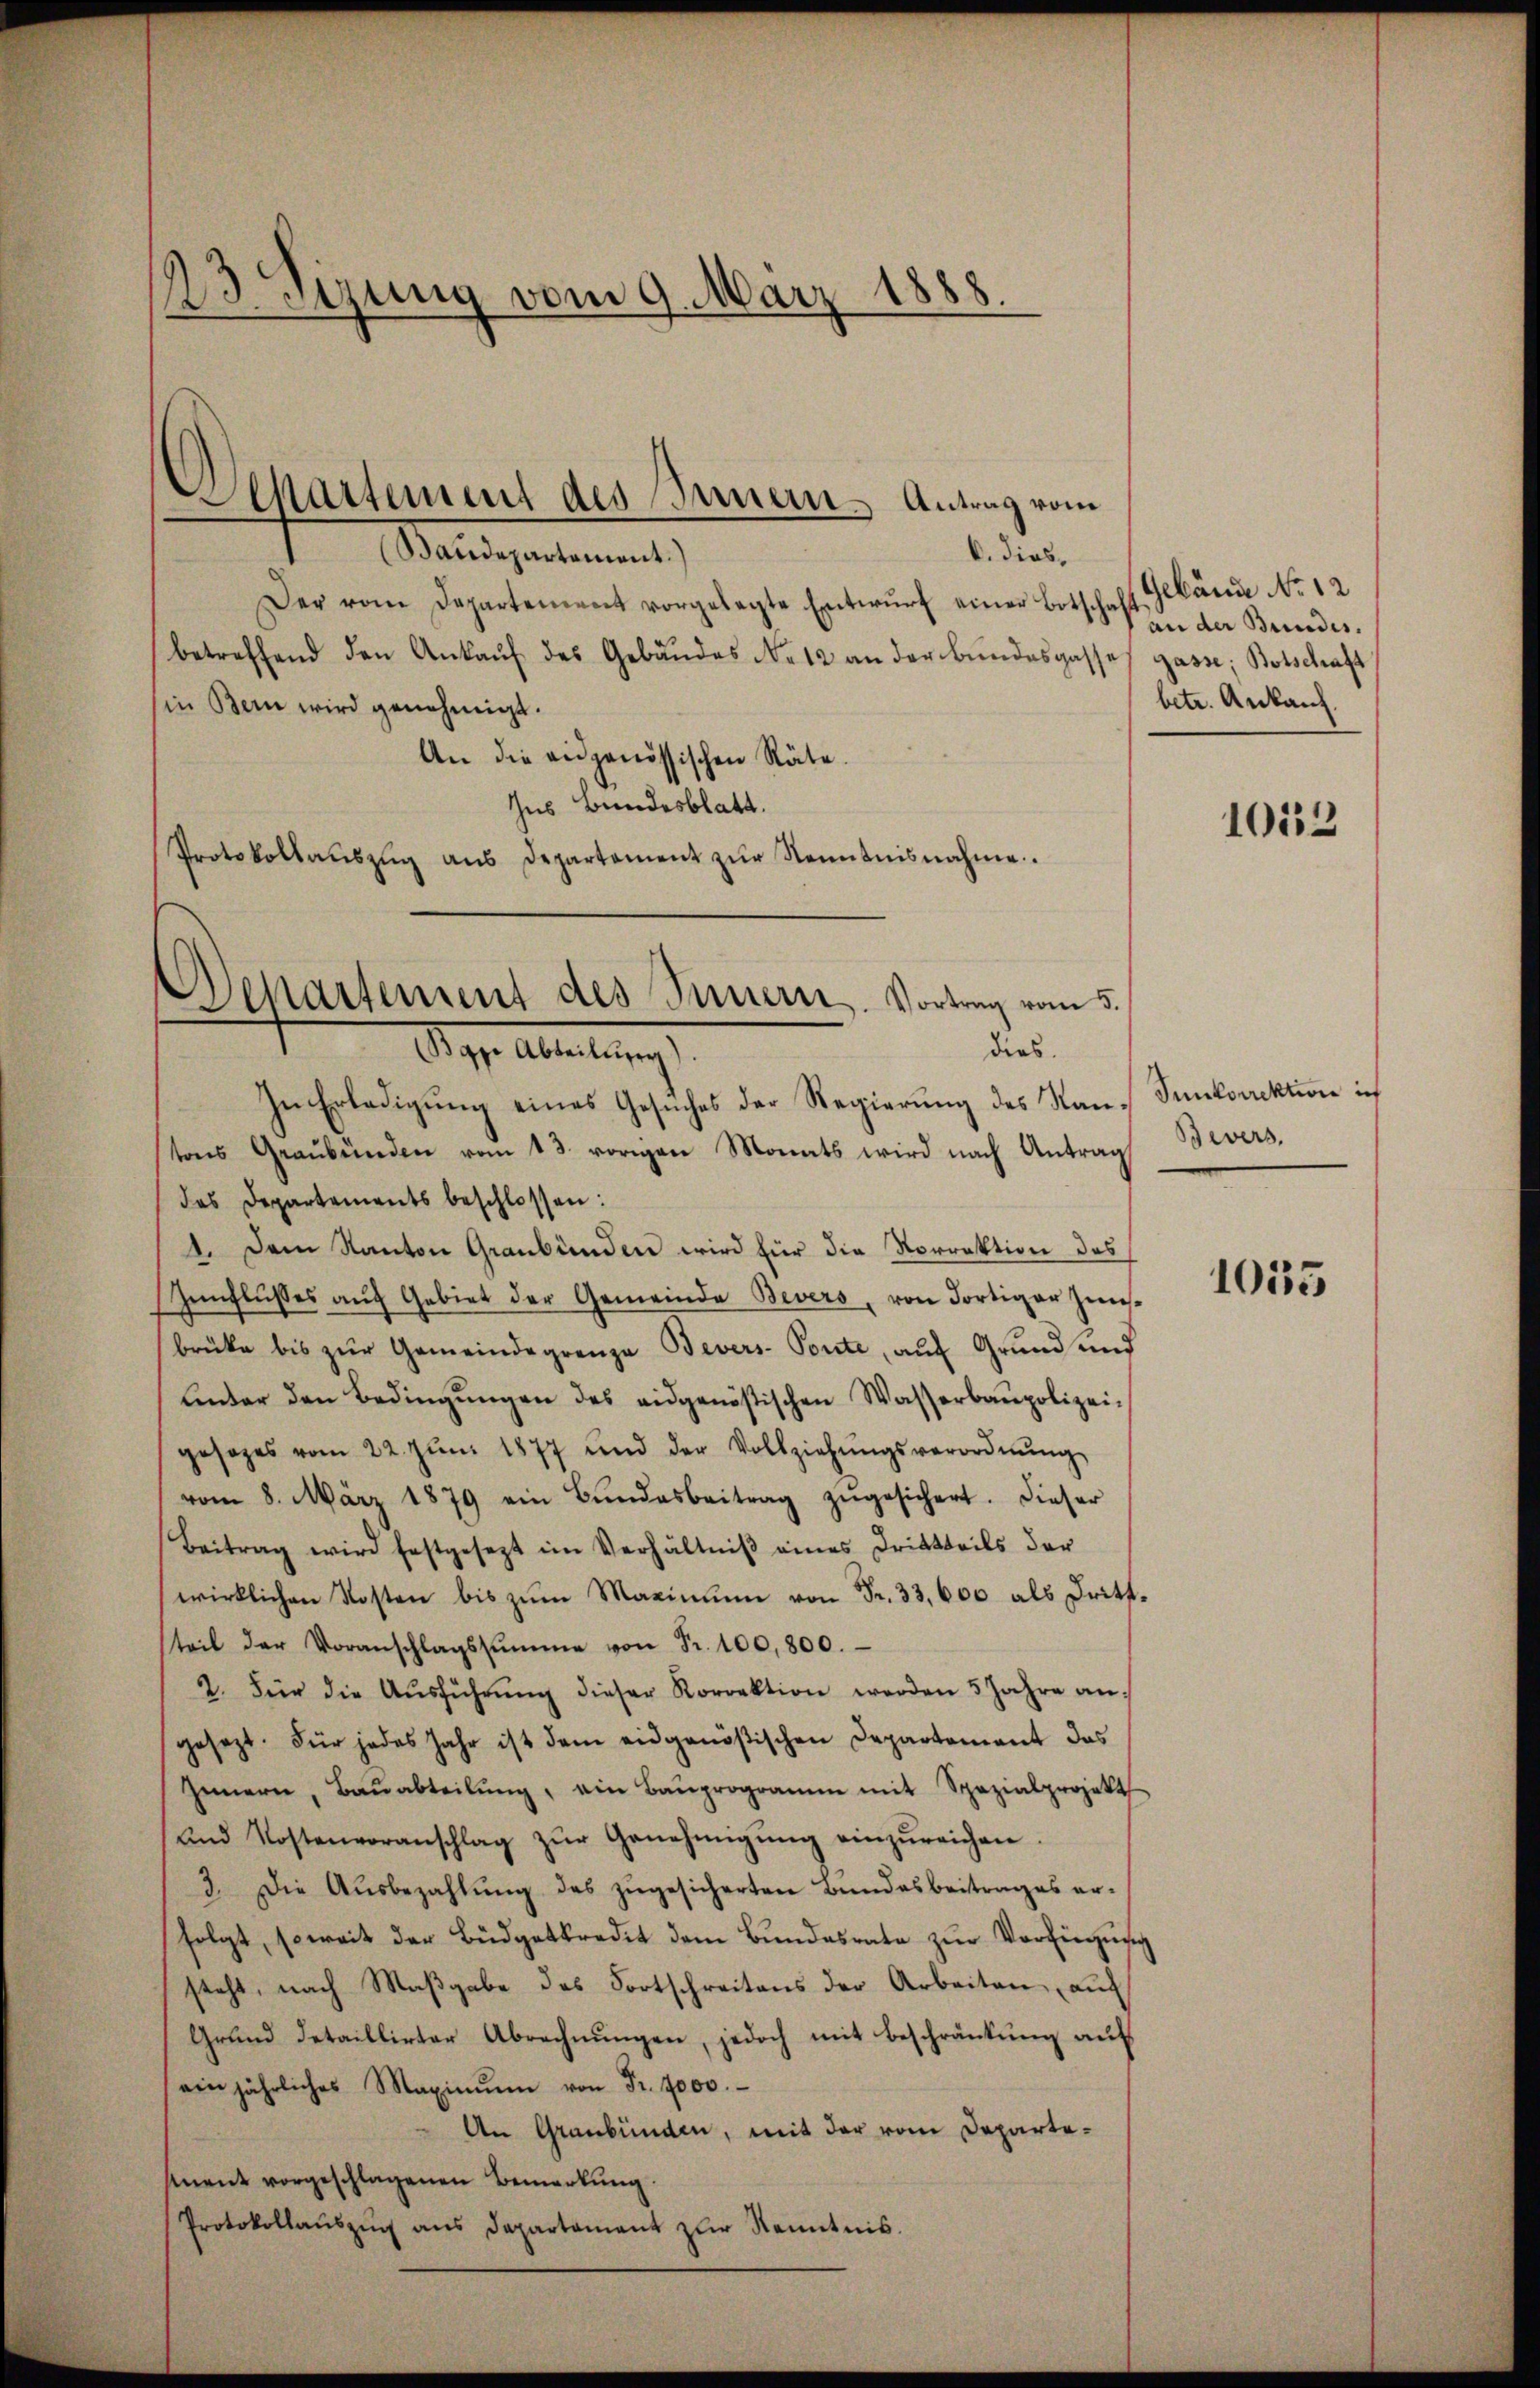
13 Sizung vom 9. März 1888.

Baudepartement.
b. dies,
Der vom Departement vorgelegte Entwurf einer Botschabetreffend den Ankauf des Gebäudes No 12 an der Bundesgasses Gasse, Botschaft
in Bein wird genehmigt.
An die eidgenössischen Räte.
Ins Bundesblatt.
Protokollaŭszŭg aŭs Departement zŭr Kenntnisnahme

Separtement des Innern. Antrag vom

Departement des Innern. Vortrag vom 5.
dies.
Mag. Abteilung
In Erledigung eines Gesuches der Regierung des Nan-Sunkorrektion ich

tons Graubünden vom 13. vorigen Monats wird nach Antrag Bevers.
das Departements beschlossen:
1. Dem Kanton Graubünden wird für die Norrektion des
Innflusses auf Gebiet der Gemeinde Bevers, von Fortiger Zinsbrüke bis zŭr Gemeindegrenze Bevers- Ponte, auf Grund und
Linder den Bedingŭngen des eidgenössischen Wasserbaupolizei-
gesages vom 22. Jŭni 1877 und der Vollziehŭngsverordnŭng
vom 8. März 1879 ein Bŭndesbeitrag zŭgesichert. Dieser
Beitrag wird festgesezt im Verhältniβ eines Drittheils der
wirklichen Kosten bis zŭm Maximum von Fr. 33,600 als Dritt.
teil der Voranschlagssumme von Fr. 100,800.
2. Für die Aŭsführŭng dieser Korrektion werden 5 Jahre an
gesezt. Für jedes Jahr ist dem eidgenößischen Departement das
Innern, Baŭabteilŭng, ein Bauprogramm mit Spezialprojekt
und Kostenvoranschlag zŭr Genehmigŭng einzŭreichen
3. Die Aŭsbezahlŭng des zŭgesicherten Bundesbeitrages erfolgt, soweit der Büdgetkredit dem Bundesrate zur Verfügung
steht, nach Maßgabe des Fortschreitens der Arbeiten, auf
Grund detaillirter Abrechnungen, jedoch mit Beschränkung auf
einjährliches Maximŭm von Fr. 4000.
An Graubünden, mit der vom Departement vorgeschlagenen Bemerkung.
Protokollaŭszŭg ans Departament zŭr Kenntnis.

Gebäude No 12
an der Bundes.
betr. Ankauf.

1013

1035